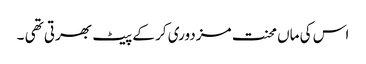
اس کی ماں محنت مزدوری کر کے پیٹ بھرتی تھی ۔